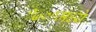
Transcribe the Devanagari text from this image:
१७०१मध्ये